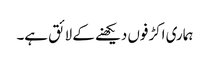
ہماری اکڑفوں دیکھنے کے لائق ہے۔